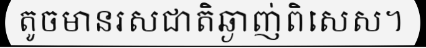
តូចមានរសជាតិឆ្ងាញ់ពិសេស។